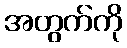
အတွက်ကို